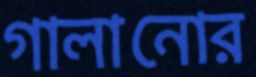
গালানোর